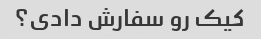
کیک رو سفارش دادی؟